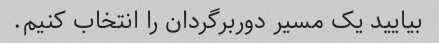
بیایید یک مسیر دوربرگردان را انتخاب کنیم.